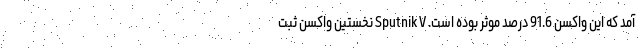
آمد که این واکسن 91.6 درصد موثر بوده است. Sputnik V نخستین واکسن ثبت